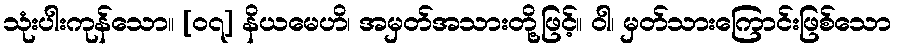
သုံးပါးကုန်သော။ [၀၇] နိယမေဟိ၊ အမှတ်အသားတို့ဖြင့်။ ဝါ၊ မှတ်သားကြောင်းဖြစ်သော